Plague in India, 1896, 1897 - Volume 3
Year: 1896
Disease focus: Plague
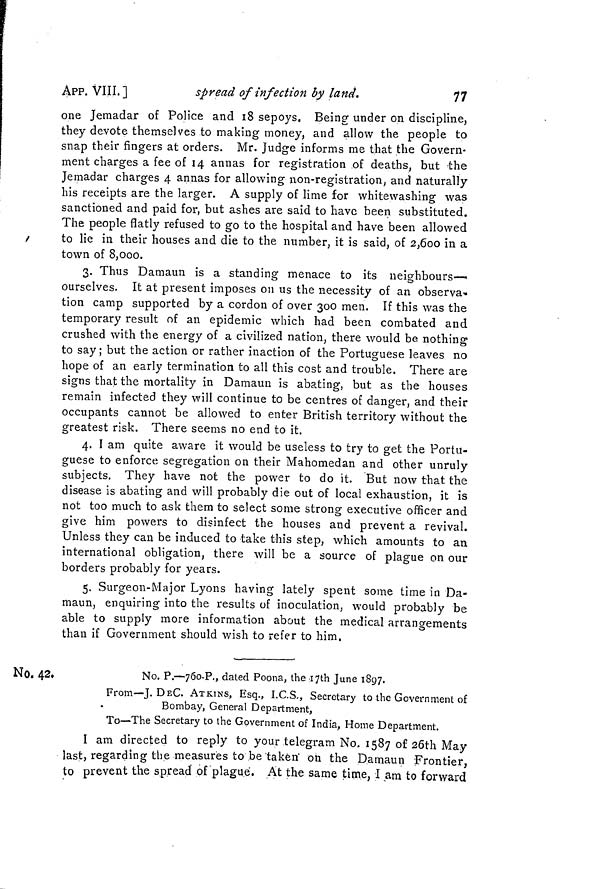
77
APP.
VIII.]
spread of infection by land.
one Jemadar of Police and 18 sepoys. Being under on discipline,
they devote themselves to making money, and allow the people to
snap their fingers at orders. Mr. Judge informs me that the Govern-
ment charges a fee of 14 annas for registration of deaths, but the
Jemadar charges 4 annas for allowing non-registration, and naturally
his receipts are the larger. A supply of lime for whitewashing was
sanctioned and paid for, but ashes are said to have been substituted.
The people flatly refused to go to the hospital and have been allowed
to lie in their houses and die to the number, it is said, of 2,600 in a
town of 8,000.
3. Thus Damaun is a standing menace to its neighbours—
ourselves. It at present imposes on us the necessity of an observa..
tion camp supported by a cordon of over 300 men. If this was the
temporary result of an epidemic which had been combated and
crushed with the energy of a civilized nation, there would be nothing
to say ; but the action or rather inaction of the Portuguese leaves no
hope of an early termination to all this cost and trouble. There are
signs that the mortality in Damaun is abating, but as the houses
remain infected they will continue to be centres of danger, and their
occupants cannot be allowed to enter British territory without the
greatest risk. There seems no end to it.
4. I am quite aware it would be useless to try to get the Portu-
guese to enforce segregation on their Mahomedan and other unruly
subjects. They have not the power to do it. But now that the
disease is abating and will probably die out of local exhaustion, it is
not too much to ask them to select some strong executive officer and
give him powers to disinfect the houses and prevent a revival.
Unless they can be induced to take this step, which amounts to an
international obligation, there will be a source of plague on our
borders probably for years.
5. Surgeon-Major Lyons having lately spent some time in Da-
maun, enquiring into the results of inoculation, would probably be
able to supply more information about the medical arrangements
than if Government should wish to refer to him.
No. 42,
No. P.—760-P., dated Poona, the 17th June 1897.
From—J. DEC. ATKINS, Esq., I.C.S,, Secretary to the Government of
Bombay, General Department,
To—The Secretary to the Government of India, Home Department.
I am directed to reply to your telegram No. 1587 o£ 26th May
last, regarding the measures to be taken on the Damaun Frontier,
to prevent the spread of plagué. At the same time, I am to forward